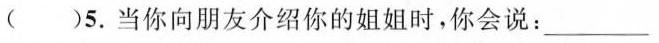
( )5. 当你向朋友介绍你的姐姐时,你会说:___